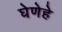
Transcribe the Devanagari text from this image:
घेणेहे